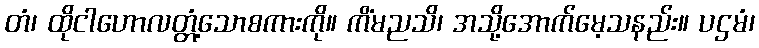
တံ၊ ထိုငါဟောလတ္တံ့သောစကားကို။ ကိံမညသိ၊ အသို့အောက်မေ့သနည်း။ ပဌမံ၊